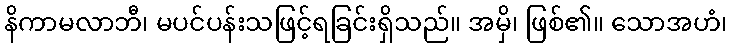
နိကာမလာဘီ၊ မပင်ပန်းသဖြင့်ရခြင်းရှိသည်။ အမှိ၊ ဖြစ်၏။ သောအဟံ၊